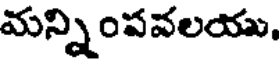
మన్నింపవలయు,